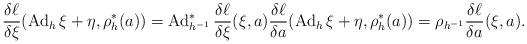
LaTeX: \begin{gather*}\frac{\delta\ell}{\delta\xi}(\operatorname{Ad}_h\xi+\eta,\rho^*_h(a))=\operatorname{Ad}^*_{h^{-1}}\frac{\delta\ell}{\delta \xi}(\xi,a)\frac{\delta\ell}{\delta a}(\operatorname{Ad}_h\xi+\eta,\rho^*_h(a))=\rho_{h^{-1}}\frac{\delta \ell}{\delta a}(\xi,a).\end{gather*}